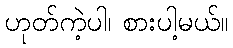
ဟုတ်ကဲ့ပါ၊ စားပါ့မယ်။